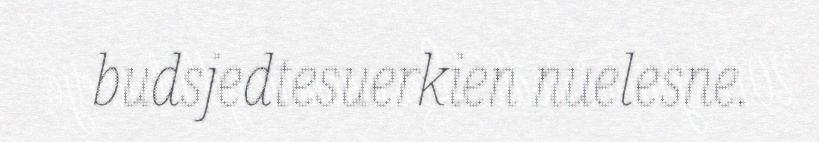
budsjedtesuerkien nuelesne.